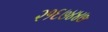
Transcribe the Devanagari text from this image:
२१६७४४७